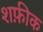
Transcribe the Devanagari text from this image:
शफ़ीक